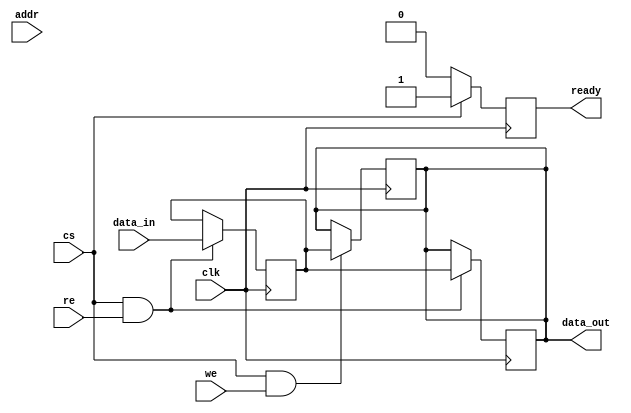
module mram_io_block (
    input wire clk,            // Clock signal
    input wire cs,            // Chip Select
    input wire we,            // Write Enable
    input wire re,            // Read Enable
    input wire [ADDR_WIDTH-1:0] addr, // Address input
    input wire [DATA_WIDTH-1:0] data_in, // Data input
    output reg [DATA_WIDTH-1:0] data_out, // Data output
    output reg ready          // Ready signal for operation
);

parameter ADDR_WIDTH = 8;    // Address width
parameter DATA_WIDTH = 16;   // Data width

// Input Buffer
reg [DATA_WIDTH-1:0] input_buffer;
always @(posedge clk) begin
    if (cs && re) begin
        input_buffer <= data_in;
    end
end

// Output Buffer
always @(posedge clk) begin
    if (cs && we) begin
        data_out <= input_buffer; // Output data on write
    end
end

// Address Decoding Logic
reg [ADDR_WIDTH-1:0] decoded_addr;
always @(posedge clk) begin
    if (cs) begin
        decoded_addr <= addr; // Decode address when chip is selected
    end
end

// Data Path Logic
always @(posedge clk) begin
    if (cs && re) begin
        data_out <= input_buffer; // Read data from input buffer
    end
end

// Power Management Logic
reg power_state; // 0: standby, 1: active
always @(posedge clk) begin
    if (cs) begin
        power_state <= 1; // Active state when chip is selected
    end else begin
        power_state <= 0; // Standby state
    end
end

// Timing Control
always @(posedge clk) begin
    if (cs) begin
        ready <= 1; // Indicate ready when chip is selected
    end else begin
        ready <= 0; // Not ready when chip is deselected
    end
end

endmodule